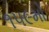
૧૫૯મો